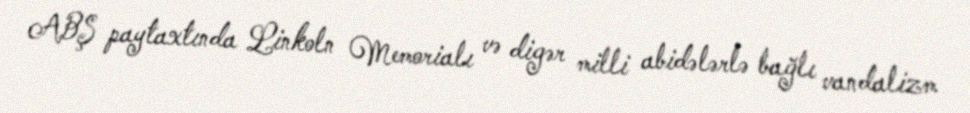
ABŞ paytaxtında Linkoln Memorialı və digər milli abidələrlə bağlı vandalizm